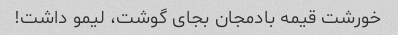
خورشت قیمه بادمجان بجای گوشت، لیمو داشت!